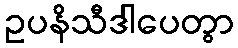
ဥပနိသီဒါပေတွာ